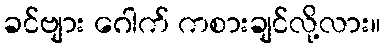
ခင်ဗျား ဂေါက် ကစားချင်လို့လား။